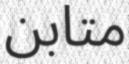
متابن